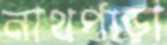
নাথপাড়া